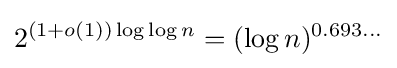
2^{(1+o(1))\log \log n}=(\log n)^{0.693\ldots }